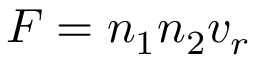
F = n _ { 1 } n _ { 2 } v _ { r }